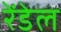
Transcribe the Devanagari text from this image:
रेंडेल